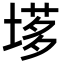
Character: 𡏗